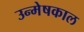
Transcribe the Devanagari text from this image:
उन्मेषकाल